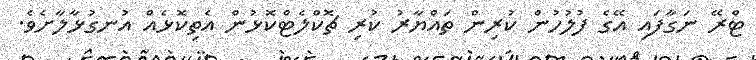
ޓްރޭ ނަގާފައި އޭގެ ފުލުހުން ކުރިން ތައްޔާރު ކުރި ޗޮކްލެޓްކޮޅުން އެތިކޮޅެއް އުނގުޅާލާށެވެ.